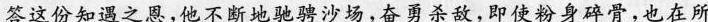
答这份知遇之恩,他不断地驰骋沙场,奋勇杀敌,即使粉身碎骨,也在所